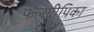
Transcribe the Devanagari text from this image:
फलदीपिका